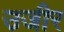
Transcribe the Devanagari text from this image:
उजीर